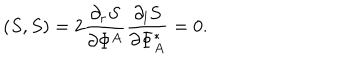
LaTeX: ( S , S ) = 2 \frac { \partial _ { r } S } { \partial \Phi ^ { A } } \frac { \partial _ { l } S } { \partial \Phi _ { A } ^ { \ast } } = 0 .